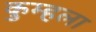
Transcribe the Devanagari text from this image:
कुम्हला